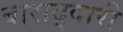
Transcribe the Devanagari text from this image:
बाराद्वारी